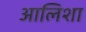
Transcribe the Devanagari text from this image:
आलिशा